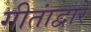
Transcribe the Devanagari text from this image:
गीतांद्वारे